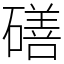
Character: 磰